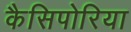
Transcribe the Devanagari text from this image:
कैसिपोरिया